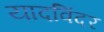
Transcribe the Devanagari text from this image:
यादविंदर